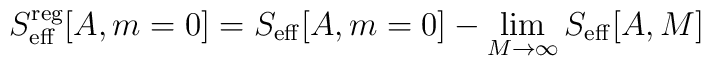
S_{\rm eff}^{\rm reg}[A,m=0]=S_{\rm eff}[A,m=0]-\lim_{M\to\infty} S_{\rm eff}[A,M]